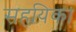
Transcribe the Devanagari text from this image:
सहयिका